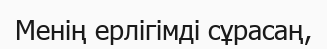
Менің ерлігімді сұрасаң,